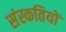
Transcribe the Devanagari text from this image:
संस्कतियों